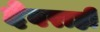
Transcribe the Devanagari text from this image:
देवराही